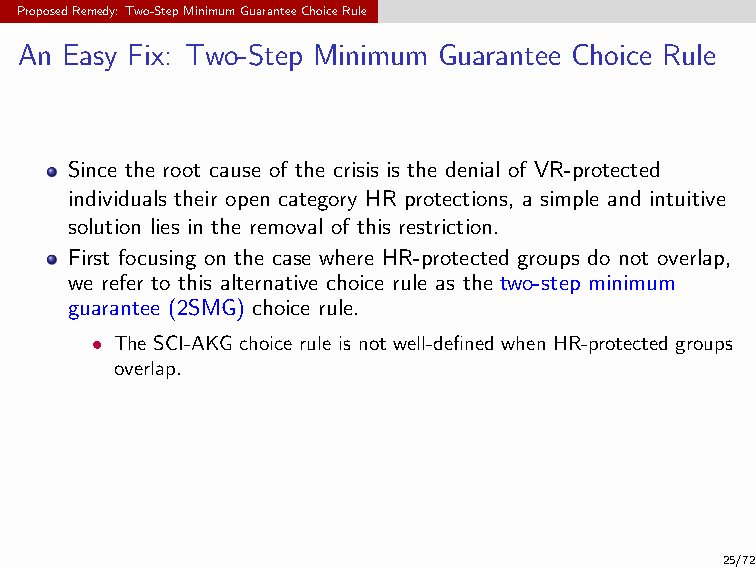
Proposition: The 2SMG choice rule satisfies no justified envy and
 incentive compatibility.
 ProposedRemedy:Two-StepMinimumGuaranteeChoiceRule
 An Easy Fix: Two-Step Minimum Guarantee Choice Rule
 Since the root cause of the crisis is the denial of VR-protected
 individuals their open category HR protections, a simple and intuitive
 solution lies in the removal of this restriction.
 First focusing on the case where HR-protected groups do not overlap,
 we refer to this alternative choice rule as the two-step minimum
 guarantee (2SMG) choice rule.
 • The SCI-AKG choice rule is not well-defined when HR-protected groups
 overlap.
 25/72